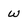
Character: w